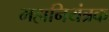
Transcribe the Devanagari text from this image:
महानियंत्रक